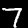
Digit: 7